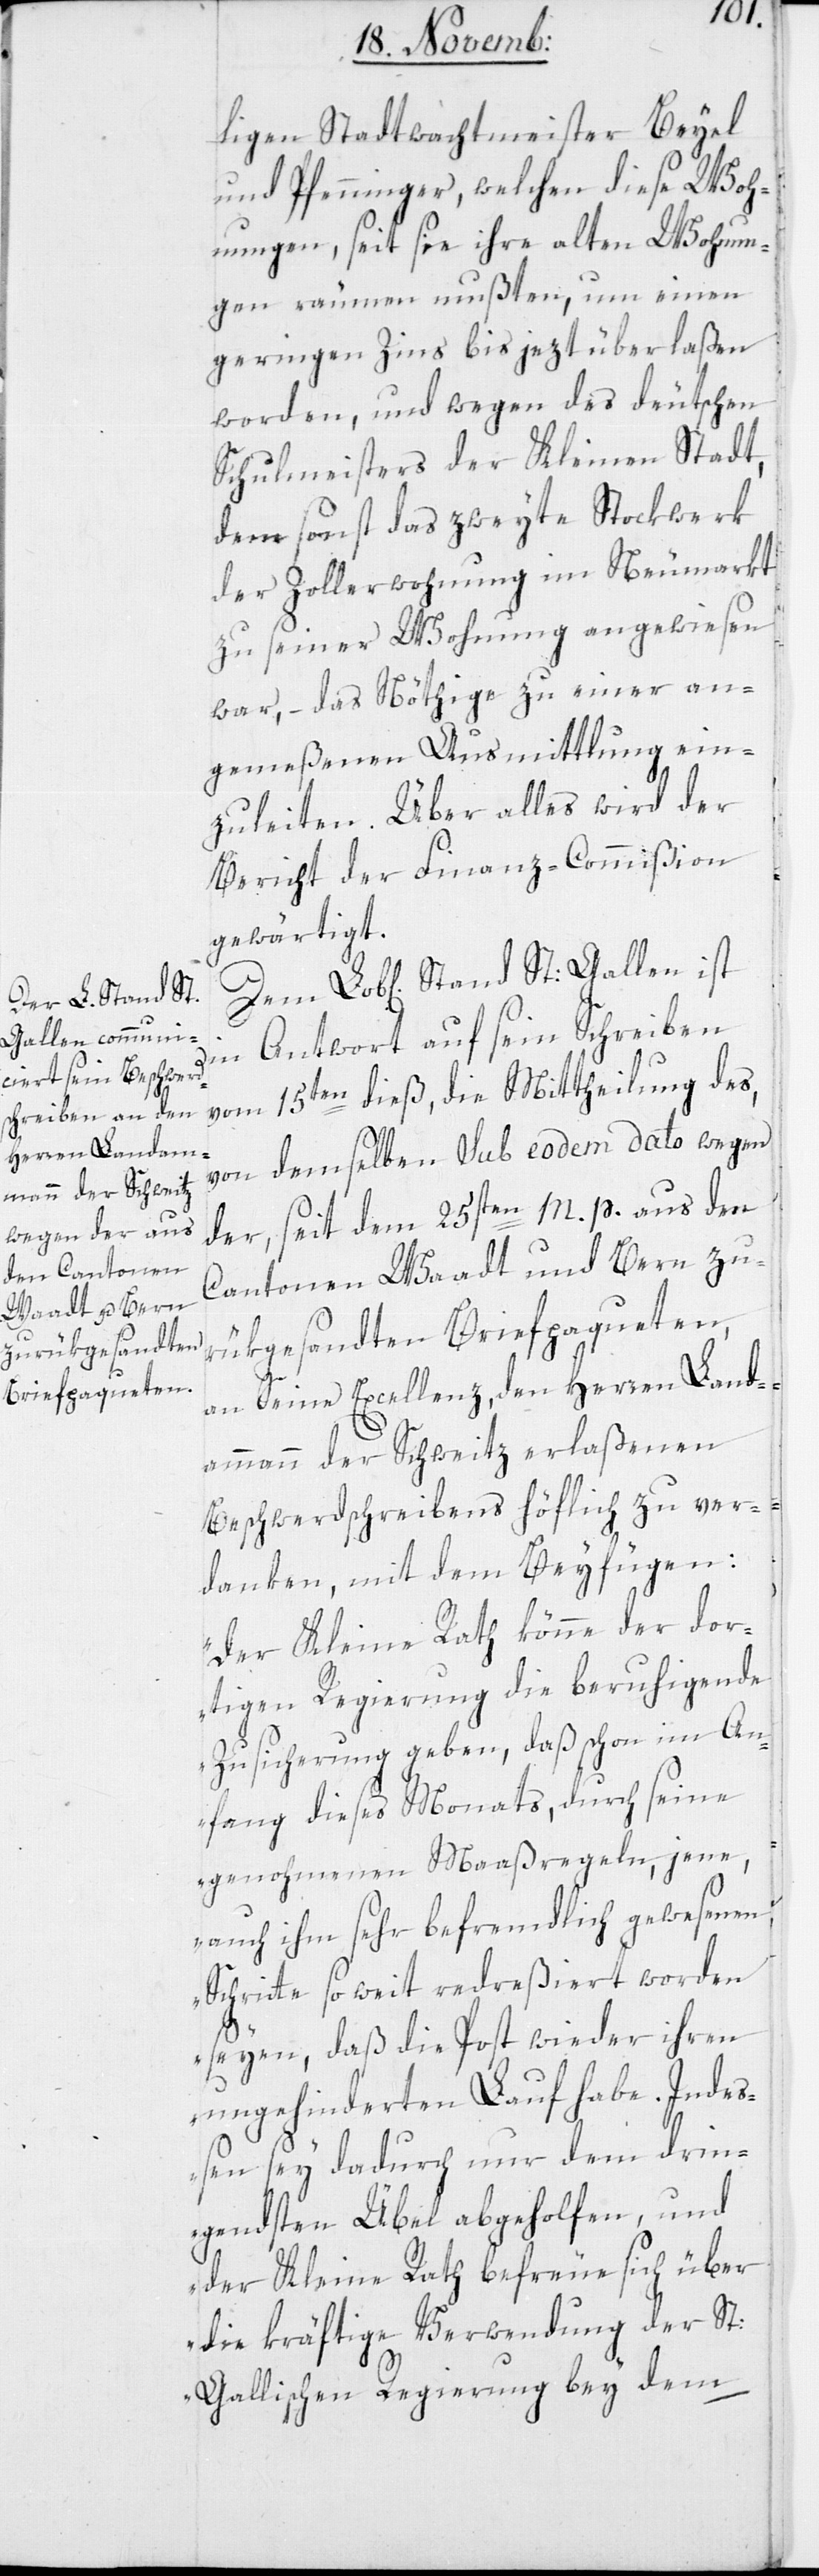
ligen Stadtwachtmeister Beyel
und Pfenninger, welchen diese Woh¬
nungen, seit sie ihre alten Wohnun¬
gen räumen mußten, um einen
geringen Zins bis jezt überlaßen
worden, und wegen des deutschen
Schulmeisters der Kleinen Stadt,
dem sonst das zweyte Stockwerk
der Zollerwohnung im Neumarkt
zu seiner Wohnung angewiesen
war, – das Nötige zu einer an¬
gemeßenen Ausmittlung ein¬
zuleiten. Über alles wird der
Bericht der Finanz-Commißion
gewärtigt.
in Antwort auf sein Schreiben
vom 15ten dieß, die Mittheilung des,
von demselben sub eodem dato wegen
der seit dem 25sten m. p. aus den
Cantonen Waadt und Bern zu¬
rükgesandten Briefpaqueten,
an Seine Excellenz den Herren Landam¬
mann der Schweitz erlaßenen
Beschwerdschreibens höflich zu ver¬
danken, mit dem Beyfügen:
„Der Kleine Rath könne der dor¬
tigen Regierung die beruhigende
Zusicherung geben, daß schon im An¬
fang dieses Monats, durch seine
genohmenen Maaßregeln, jene
auch ihm sehr befremdlich gewesenen
Schritte so weit redreßiert worden
seyen, daß die Post wieder ihren
ungehinderten Lauf habe. Indeß¬
en sey dadurch nur dem drin¬
gendsten Übel abgeholfen, und
der Kleine Rath befreue sich über
die kräftige Verwendung der St:
Gallischen Regierung bey dem